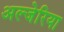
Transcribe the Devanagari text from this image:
अल्जेरिया